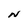
Character: N